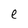
Character: e